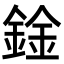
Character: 鍂